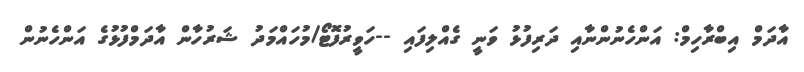
އާދަމް އިބްރާހިމް: އަންހެނުންނާއި ދަރިފުޅު ވަނީ ގެއްލިފައި --ހަވީރުފޮޓޯ/މުހައްމަދު ޝަރުހާން އާދަމްފުޅުގެ އަންހެނުން